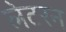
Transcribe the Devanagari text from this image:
लेटरन